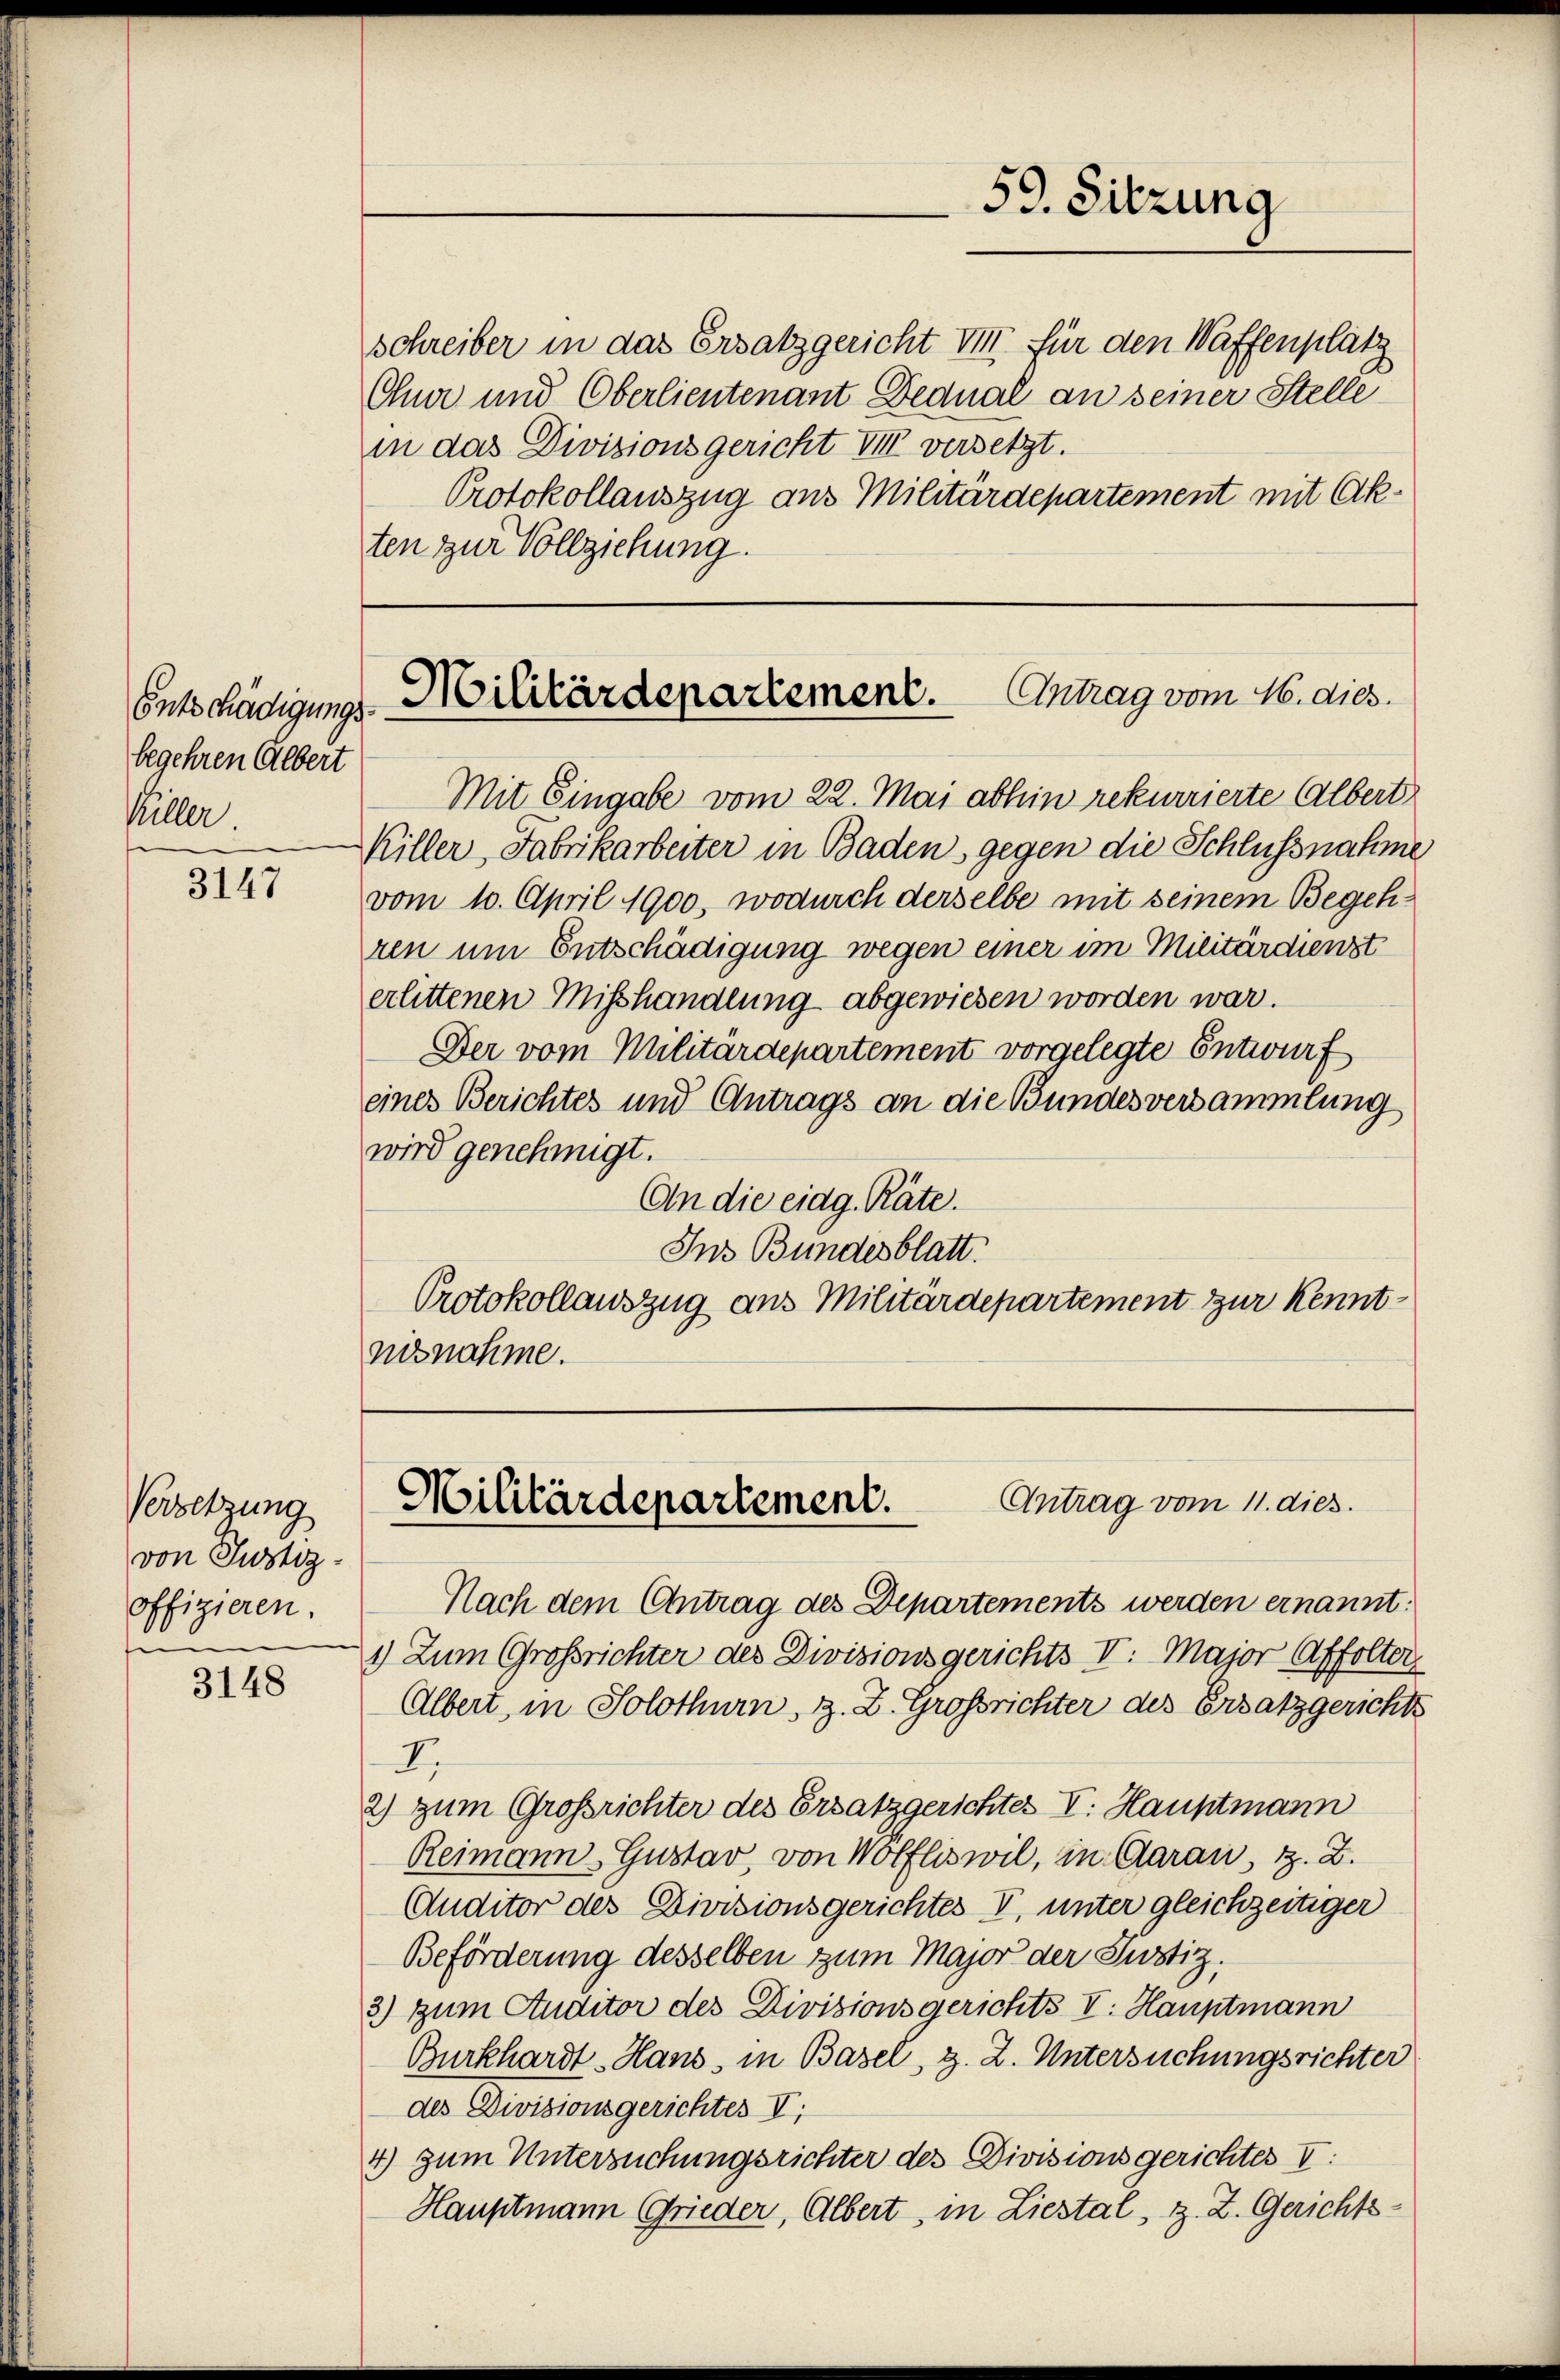
Entschädigung.
begehren Albert
Killer.

3147

Versetzung
von Justiz.
offizieren.

3148

in das Divisionsgericht VIII versetzt.
Protokollauszug aus Militärdepartement mit Akten zur Vollziehung.

59. Sitzung

schreiber in das Ersatzgericht VII für den Waffenplatz
Chur und Oberlieutenant Dedual an seiner Stelle

Militärdepartement. Antrag vom 16. dies
.

Mit Eingabe vom 22. Mai abhin rekurrierte Albert
Killer, Fabrikarbeiter in Baden, gegen die Schlussnahme
vom 10. April 1900, wodurch derselbe mit seinem Begehren um Entschädigung wegen einer im Militärdienst
erlittenen Misshandlung abgewiesen worden war.
Der vom Militärdepartement vorgelegte Entwurf
eines Berichtes und Antrags an die Bundesversammlung
wird genehmigt.
An die eidg. Räte.
Ins Bundesblatt.
Protokollauszug aus Militärdepartement zur Kenntnisnahme.

Antrag vom 11. dies
Militärdepartement.

Nach dem Antrag des Departements werden ernannt.
1) Zum Großrichter des Divisionsgerichts V. Major Affolter
Olbert, in Solothurn, z. Z. Grossrichter des Ersatzgerichts
I.
2) zum Großrichter des Ersatzgerichtes V. Hauptmann
Reimann Gustav, von Wolfliswil, in Garan, z. B.
Auditor des Divisionsgerichtes V. unter gleichzeitiger
Beförderung desselben zum Major der Justiz.
3) zum Studitor des Divisionsgerichts V. Hauptmann
Burkhardt-Hand, in Basel, z. Z. Untersuchungsrichter
des Divisionsgerichtes V
4) zum Untersuchungsrichter des Divisionsgerichtes V
Hauptmann Grieder, Albert, in Liestal, z. Z. Gerichts-